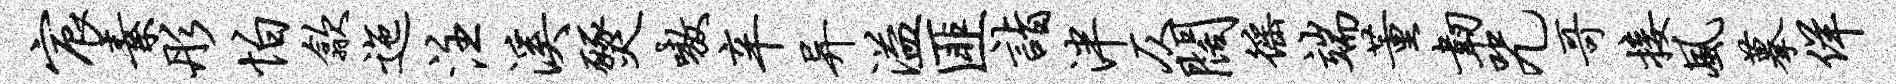
宸素彤怕歙迤注溪燹嗷辛异溢匪诣泮仄阔徭端董韧咒哥接风摹佯